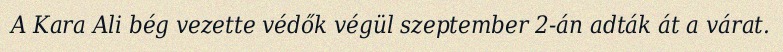
A Kara Ali bég vezette védők végül szeptember 2-án adták át a várat.